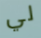
لي